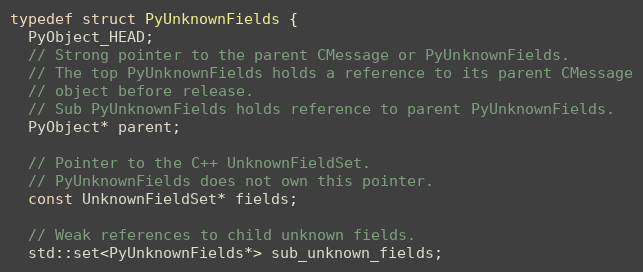
Language: C
typedef struct PyUnknownFields {
  PyObject_HEAD;
  // Strong pointer to the parent CMessage or PyUnknownFields.
  // The top PyUnknownFields holds a reference to its parent CMessage
  // object before release.
  // Sub PyUnknownFields holds reference to parent PyUnknownFields.
  PyObject* parent;

  // Pointer to the C++ UnknownFieldSet.
  // PyUnknownFields does not own this pointer.
  const UnknownFieldSet* fields;

  // Weak references to child unknown fields.
  std::set<PyUnknownFields*> sub_unknown_fields;